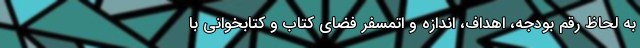
به لحاظ رقم بودجه، اهداف، اندازه و اتمسفر فضای کتاب و کتابخوانی با